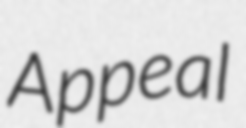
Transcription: Appeal